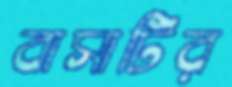
বাসাটির